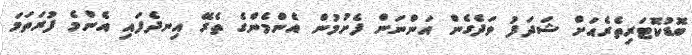
ބޮޑުކޮޓަރިތެރެއަށް ޝަދަފު ވަދެގެން އަންނަން ފެށުމުން އެންމެންގެ ތެރޭ އިނދެފައި އެންމެ ފުރަތަމަ